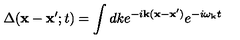
\Delta ( { \bf x } - { \bf x } ^ { \prime } ; t ) = \int d k e ^ { - i { \bf k } ( { \bf x } - { \bf x } ^ { \prime } ) } e ^ { - i \omega _ { \bf k } t }